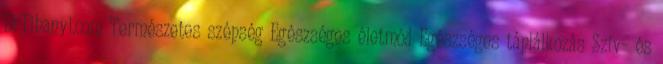
DrTihanyi.com Természetes szépség Egészséges életmód Egészséges táplálkozás Szív- és